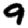
Digit: 9